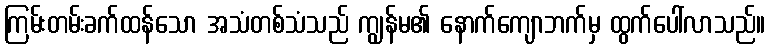
ကြမ်းတမ်းခက်ထန်သော အသံတစ်သံသည် ကျွန်မ၏ နောက်ကျောဘက်မှ ထွက်ပေါ်လာသည်။